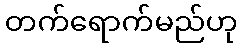
တက်ရောက်မည်ဟု